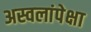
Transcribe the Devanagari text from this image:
अस्वलांपेक्षा